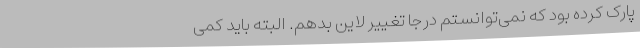
پارک کرده بود که نمی‌توانستم درجا تغییر لاین بدهم. البته باید کمی